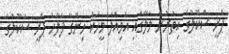
ޕްރީ ސްކޫލުގެ އިތުރުން މާލޭގައި އަމިއްލަ މީހަކު ހިންގާ ފަލާހު ޕްރީ ސްކޫލުގެ